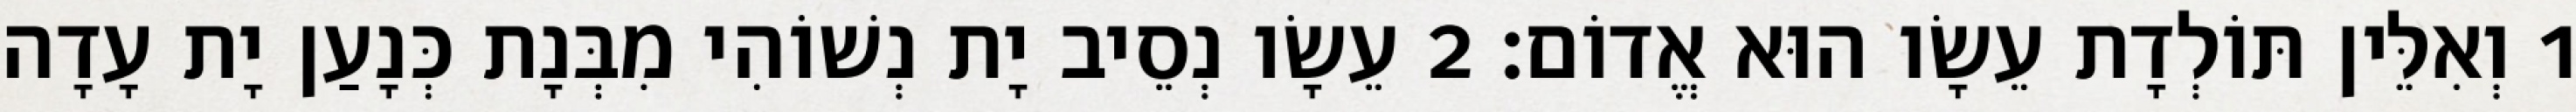
1 וְאִלֵּין תּוֹלְדָת עֵשָׂו הוּא אֱדוֹם׃ 2 עֵשָׂו נְסֵיב יָת נְשׁוֹהִי מִבְּנָת כְּנָעַן יָת עָדָה